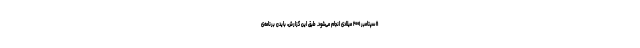
۱۱ سپتامبر ۲۰۰۱ میلادی انجام می‌شود. طبق این گزارش، بایدن برنامه‌ی